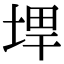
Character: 𪣨